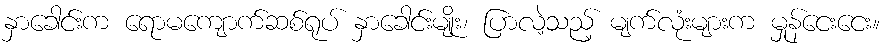
နှာခေါင်းက ရောမကျောက်ဆစ်ရုပ် နှာခေါင်းမျိုး၊ ပြာလဲ့သည့် မျက်လုံးများက မှုန်ငေးငေး။